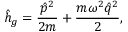
\hat { h } _ { g } = \frac { \hat { p } ^ { 2 } } { 2 m } + \frac { m \omega ^ { 2 } \hat { q } ^ { 2 } } { 2 } ,